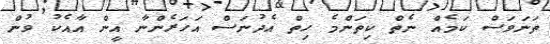
ތަނަވަސް ކަމެއް ނެތް ކިތަންމެ ހިތް އެދުނަސް އަހަރެންނާ އީން އާއެކު ވުން